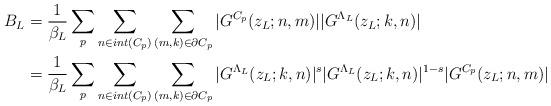
LaTeX: \begin{align*}B_L &=\frac{1}{\beta_{L}}\sum_{p}\sum_{n\in int(C_{p})}\sum_{(m,k)\in \partial C_{p}}|G^{C_{p}}(z_L;n,m)||G^{\Lambda_L}(z_L;k,n)| \\ &=\frac{1}{\beta_{L}}\sum_{p}\sum_{n\in int(C_{p})}\sum_{(m,k)\in \partial C_{p}}|G^{\Lambda_L}(z_L;k,n)|^s|G^{\Lambda_L}(z_L;k,n)|^{1-s}|G^{C_{p}}(z_L;n,m)| \end{align*}